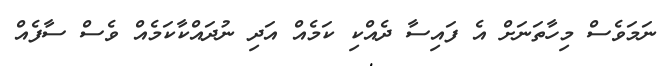
ނަމަވެސް މިހާތަނަށް އެ ފައިސާ ދެއްކި ކަމެއް އަދި ނުދައްކާކަމެއް ވެސް ސާފެއް